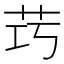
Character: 𱽒